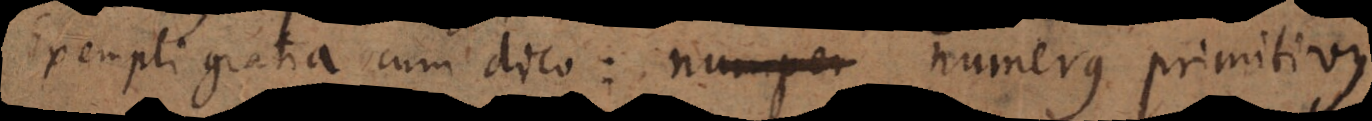
Exempli gratia cum dico: numerus primitivus